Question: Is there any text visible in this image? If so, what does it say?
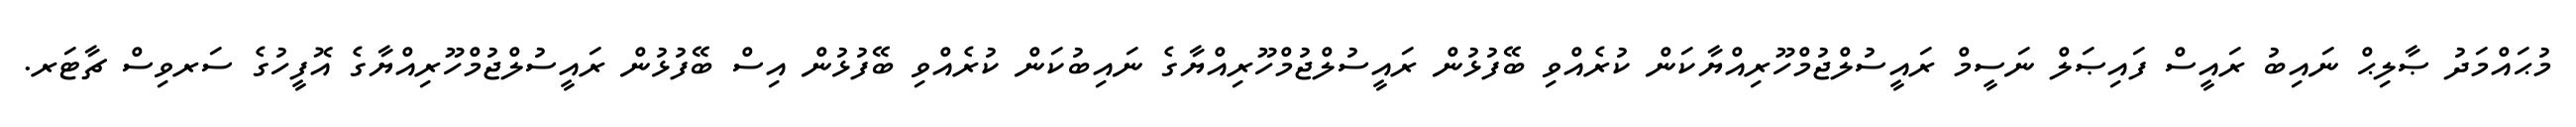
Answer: މުޙައްމަދު ޞާލިޙް ނައިބު ރައީސް ފައިޞަލް ނަސީމް ރައީސުލްޖުމްހޫރިއްޔާކަން ކުރެއްވި ބޭފުޅުން ރައީސުލްޖުމްހޫރިއްޔާގެ ނައިބުކަން ކުރެއްވި ބޭފުޅުން އިސް ބޭފުޅުން ރައީސުލްޖުމްހޫރިއްޔާގެ އޮފީހުގެ ސަރވިސް ޗާޓަރ.